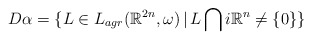
\begin{align*} D\alpha=\{L\in L_{agr}(\mathbb{R}^{2n},\omega)\, | \, L\bigcap i\mathbb{R}^n\not=\{0\}\}\end{align*}